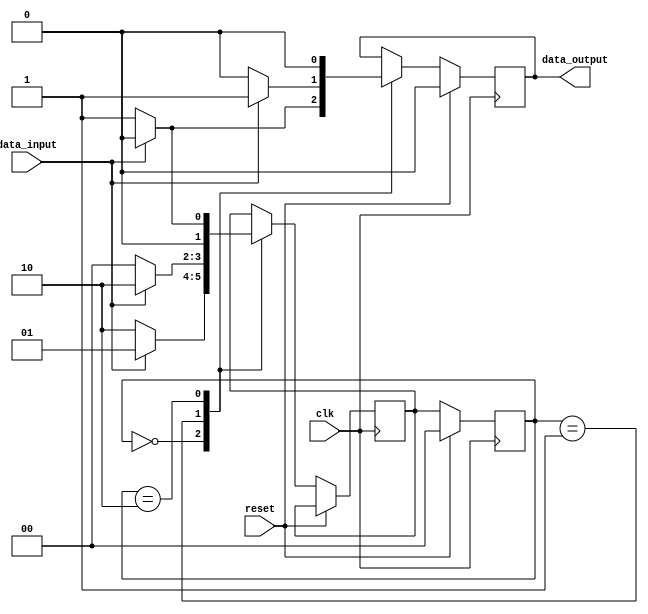
module mealy_state_machine (
    input clk,
    input reset,
    input data_input,
    output reg data_output
);

// State definitions
parameter STATE_A = 2'b00;
parameter STATE_B = 2'b01;
parameter STATE_C = 2'b10;
reg [1:0] current_state, next_state;

// State transition and output generation logic
always @(posedge clk) begin
    if (reset) begin
        current_state <= STATE_A;
        data_output <= 0;
    end else begin
        current_state <= next_state;

        case (current_state)
            STATE_A: begin
                if (data_input) begin
                    next_state <= STATE_B;
                    data_output <= 0;
                end else begin
                    next_state <= STATE_C;
                    data_output <= 1;
                end
            end
            STATE_B: begin
                if (data_input) begin
                    next_state <= STATE_C;
                    data_output <= 1;
                end else begin
                    next_state <= STATE_A;
                    data_output <= 0;
                end
            end
            STATE_C: begin
                if (data_input) begin
                    next_state <= STATE_A;
                    data_output <= 0;
                end else begin
                    next_state <= STATE_B;
                    data_output <= 0;
                end
            end
        endcase
    end
end

endmodule